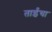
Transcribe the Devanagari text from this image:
ताईंचा